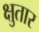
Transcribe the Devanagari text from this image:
क्षुतार